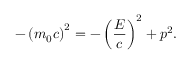
- \left( m _ { 0 } c \right) ^ { 2 } = - \left( { \frac { E } { c } } \right) ^ { 2 } + p ^ { 2 } .